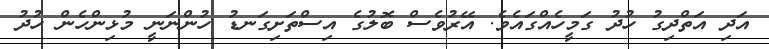
އަދި އަތްދިގު ހުދު ގަމީހެއްގައެވެ. އޭރުވެސް ބޮލުގެ އިސްތަށިގަނޑު ހުންނަނީ މުޅިންހެން ހުދު